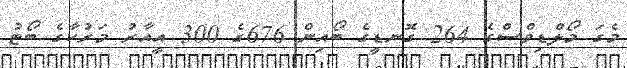
މެގަ މޯލްޑިވްސްގެ 264 ގޮނޑީގެ ބޯއިން 676ގެ 300 އީއާރު މަރުކާގެ ބޯޓު